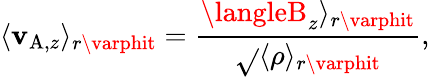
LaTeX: \langle\mathbf{v}_{\mathrm{{A}},z}\rangle_{r\varphit}=\frac{{\langleB_{z}\rangle_{r\varphit}}}{{\sqrt{}{{\langle\rho\rangle_{r\varphit}}}}},